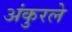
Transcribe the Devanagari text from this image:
अंकुरले